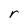
Character: r